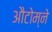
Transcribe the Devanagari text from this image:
औटोम्ने